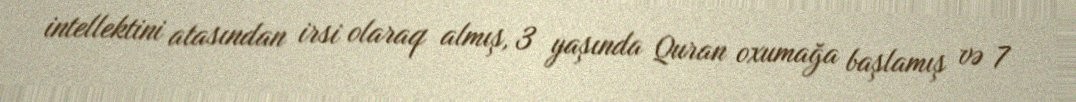
intellektini atasından irsi olaraq almış, 3 yaşında Quran oxumağa başlamış və 7